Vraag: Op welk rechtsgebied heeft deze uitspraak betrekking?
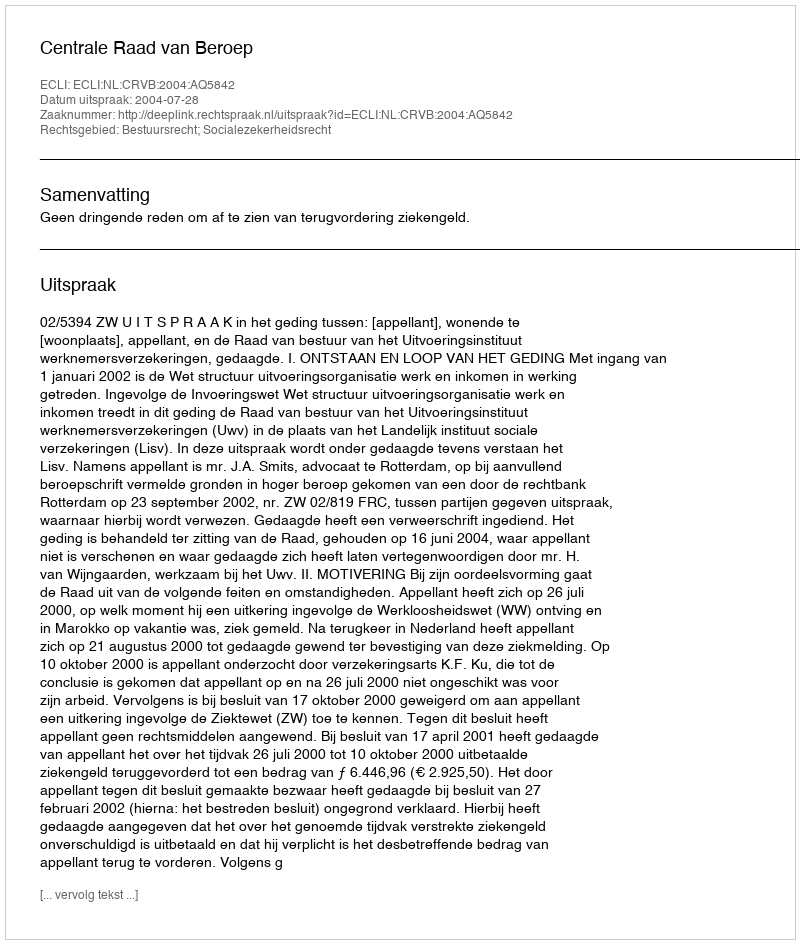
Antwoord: Bestuursrecht; Socialezekerheidsrecht